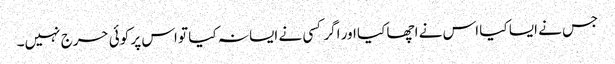
جس نے ایسا کیا اس نے اچھا کیا اور اگر کسی نے ایسا نہ کیا تو اس پر کوئی حرج نہیں۔